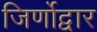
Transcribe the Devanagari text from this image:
जिर्णोद्वार